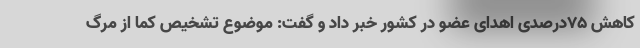
کاهش ۷۵درصدی اهدای عضو در کشور خبر داد و گفت: موضوع تشخیص کما از مرگ